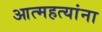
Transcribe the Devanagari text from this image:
आत्महत्यांना